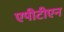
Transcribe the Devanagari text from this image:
एपीटीएन